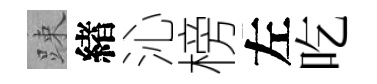
踈緖沁榜左吃